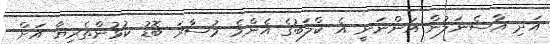
އަދި އާސެނަލުން އަންނަނީ އެ ކްލަބުގެ އެންމެ މުސާރަ ބޮޑު ކުޅުންތެރިޔާ އަށް